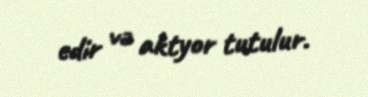
edir və aktyor tutulur.